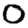
Digit: 0